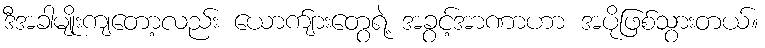
ဒီအခါမျိုးကျတော့လည်း ယောက်ျားတွေရဲ့ အခွင့်အာဏာဟာ အပိုဖြစ်သွားတယ်။